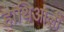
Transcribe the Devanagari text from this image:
हाथिआली